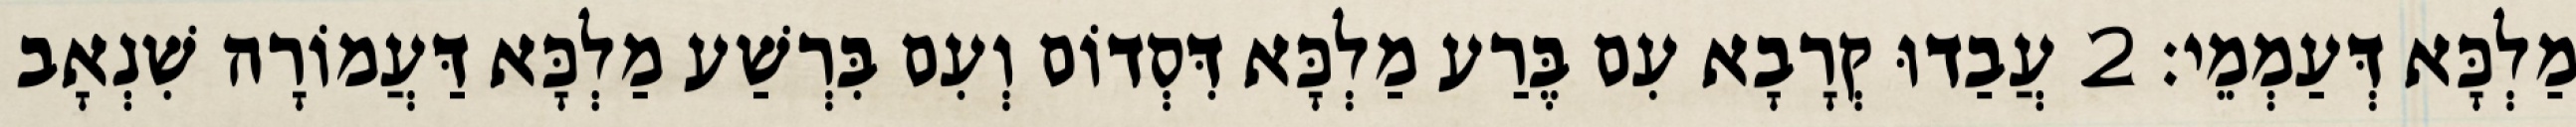
מַלְכָּא דְּעַמְמֵי׃ 2 עֲבַדוּ קְרָבָא עִם בֶּרַע מַלְכָּא דִּסְדוֹם וְעִם בִּרְשַׁע מַלְכָּא דַּעֲמוֹרָה שִׁנְאָב